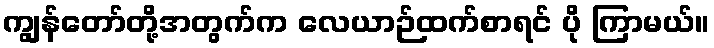
ကျွန်တော်တို့အတွက်က လေယာဉ်ထက်စာရင် ပို ကြာမယ်။